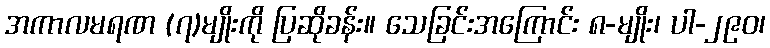
အကာလမရဏ (၇)မျိုးကို ပြဆိုခန်း။ သေခြင်းအကြောင်း ၈-မျိုး၊ ပါ-၂၉၀၊